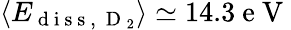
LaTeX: \left\langle E_{\mathrm{~d~i~s~s~,~}\mathrm{~D~}_{2}}\right\rangle\simeq 14.3\mathrm{~e~V~}